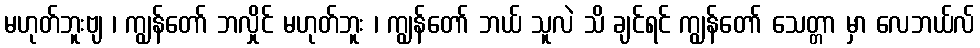
မဟုတ်ဘူးဗျ ၊ ကျွန်တော် ဘလှိုင် မဟုတ်ဘူး ၊ ကျွန်တော် ဘယ် သူလဲ သိ ချင်ရင် ကျွန်တော် သေတ္တာ မှာ လေဘယ်လ်